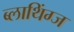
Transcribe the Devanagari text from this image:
ब्लाथिंग्ज